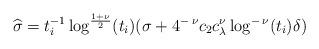
LaTeX: \begin{align*} \widehat{\sigma} = t_i^{-1} \log^{\frac{1+\nu}{2}}(t_i) (\sigma + 4^{- \: \nu} c_2 c_\lambda^\nu \log^{- \: \nu}(t_i) \delta) \end{align*}